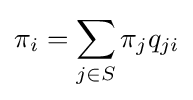
\pi _{i}=\sum _{j\in S}\pi _{j}q_{ji}